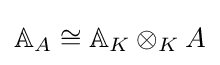
\mathbb {A} _{A}\cong \mathbb {A} _{K}\otimes _{K}A